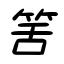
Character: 筈